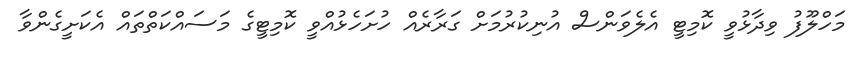
މަހްލޫފު ވިދާޅުވީ ކޮމިޓީ އެލެވަންސް އުނިކުރުމަށް ގަރާރެއް ހުށަހެޅުއްވީ ކޮމިޓީގެ މަސައްކަތްތައް އެކަށީގެންވާ